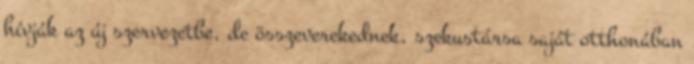
hívják az új szervezetbe, de összeverekednek, szekustársa saját otthonában